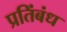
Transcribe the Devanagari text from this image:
प्रतिंबंध